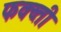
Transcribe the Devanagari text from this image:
फक्व्ती